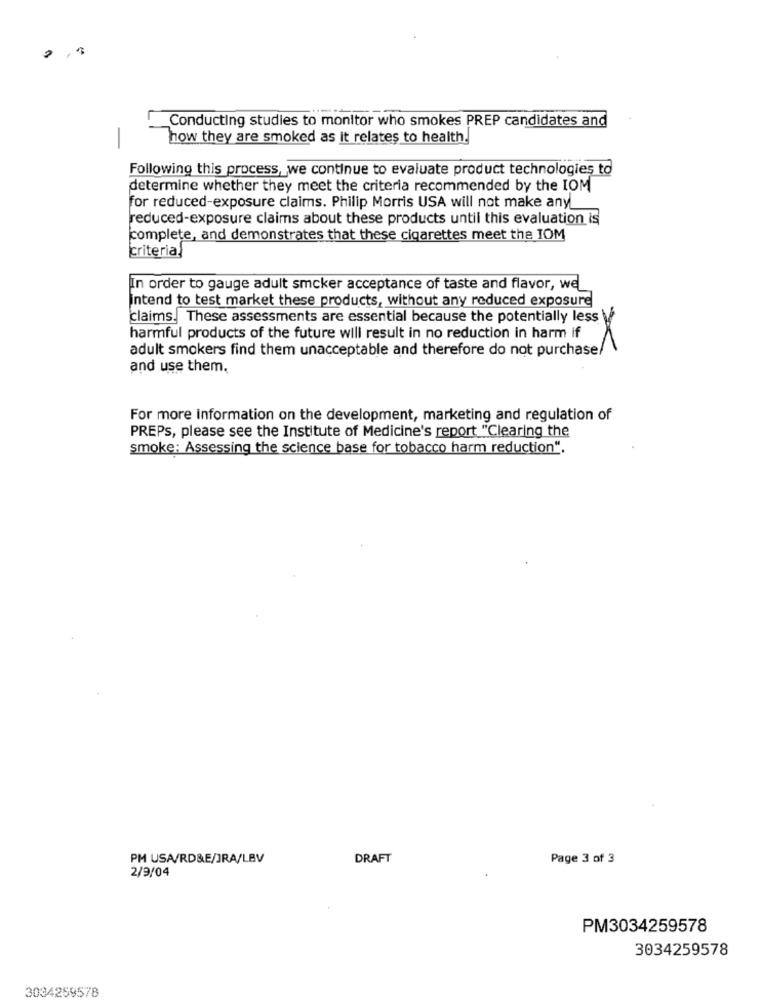
Conducting studies to monitor who smokes PREP candidates and
how they are smoked as it relates to health.
Following this process, we continue to evaluate product technologies to
determine whether they meet the criteria recommended by the IOM
for reduced-exposure claims. Philip Morris USA will not make any
reduced-exposure claims about these products until this evaluation is
complete, and demonstrates that these cigarettes meet the IOM
criteria.
In order to gauge adult smcker acceptance of taste and flavor, we
intend to test market these products, without any reduced exposure
claims. These assessments are essential because the potentially less \
harmful products of the future will result in no reduction in harm if
adult smokers find them unacceptable and therefore do not purchase/
and use them.
For more information on the development, marketing and regulation of
PREPS, please see the Institute of Medicine's report "Clearing the
smoke: Assessing the science base for tobacco harm reduction".
PM USA/RD&E/JRA/LBV
DRAFT
Page 3 of 3
2/9/04
PM3034259578
3034259578
3034259578